Maali_päevik, lk 381
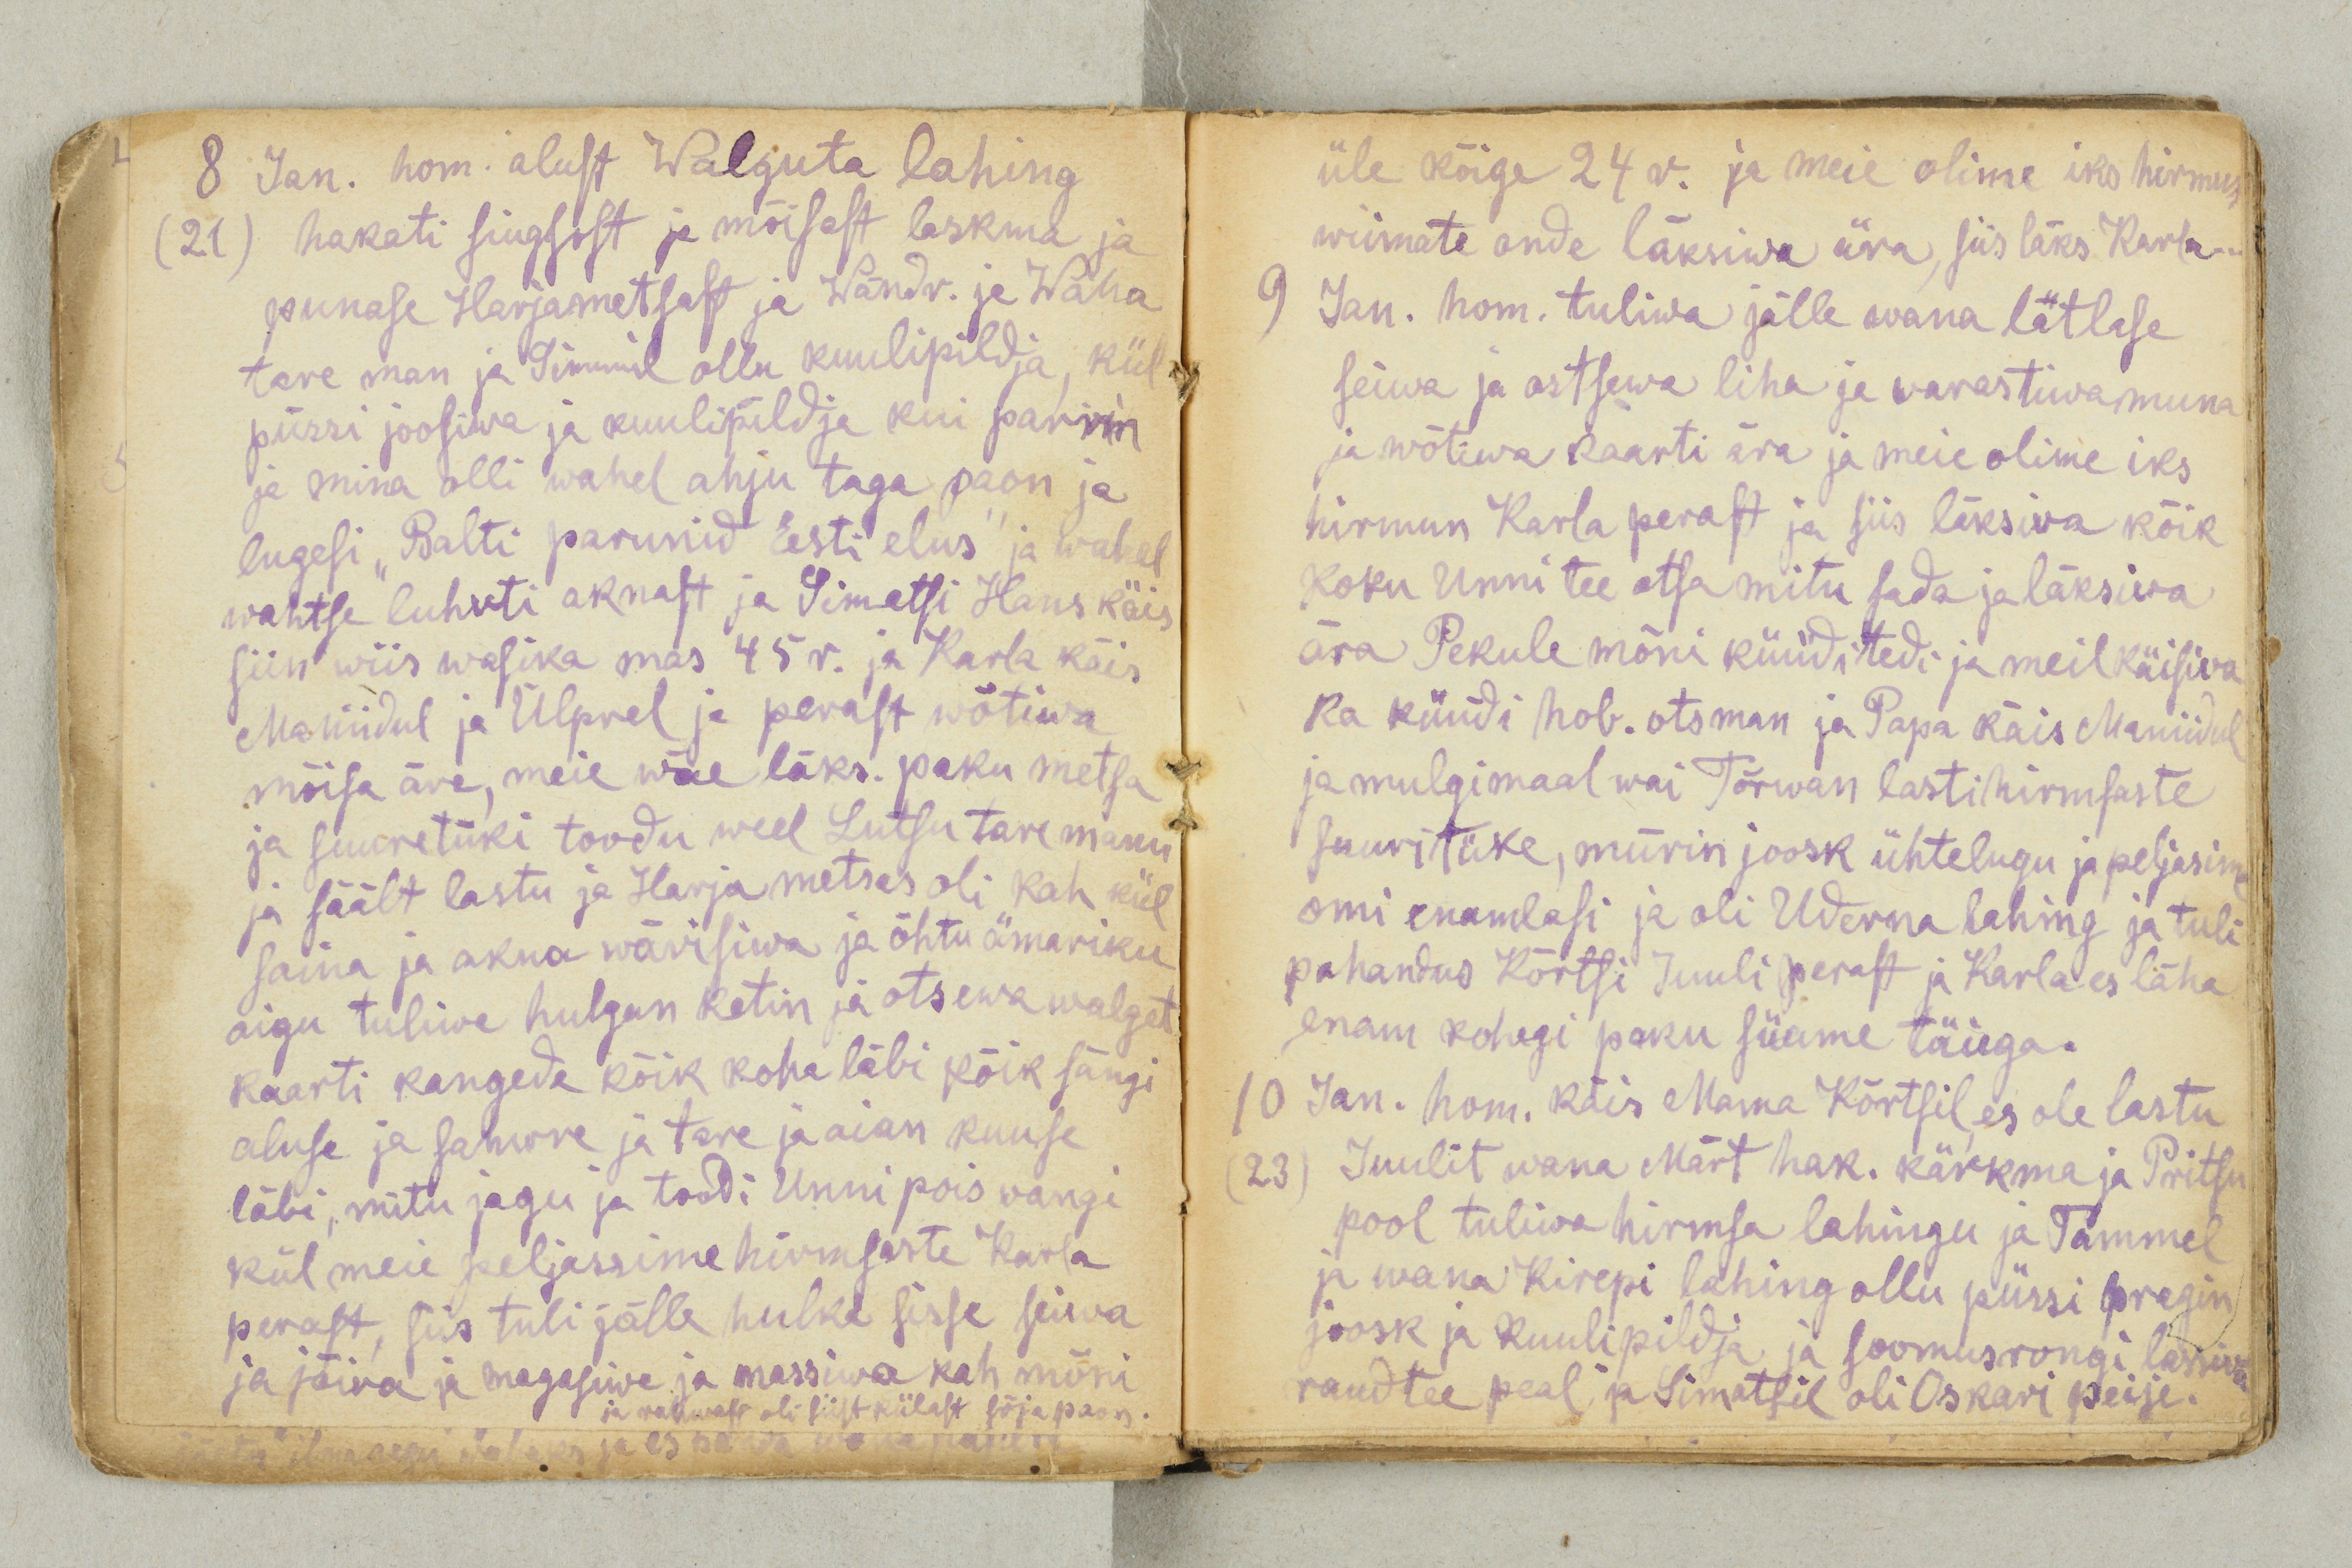
8 Jan. hom. alust Walguta lahing
(21) hakati siugsost ja mõisast laskma ja
punase Harjametsast ja Wändr. ja Waha
tare man ja Simmil ollu kuulipildja, kül
püssi joosiwa ja kuulipildja kui parrin
ja mina olli wahel ahju taga paon ja
lugesi „Balti parunid Eesti elus“ ja wahel
wahtse luhvti aknast ja Simatsi Hans käis
siin wiis wasika mas 45 r. ja Karla käis
Maniidul ja Ülprel ja perast wõtiwa
mõisa ära, meie wäe läks. paku metsa
ja suuretüki toodu weel Lutsu tare manu
ja säält lastu ja Harja metsas oli kah kül
saina ja akna wärisiwa ja õhtu ämariku
aigu tuliwa hulgan ketin ja otsewa walget
kaarti kangede kõik koha läbi kõik sängi
aluse ja sahwre ja tare ja aian kuuse
läbi, mitu jagu ja toodi Unni pois wangi
kül meie peljassime hirmsaste Karla
perast, siis tuli jälle hulka sisse seiwa
ja jõiva ja magasiwa ja massiwa kah mõni
ja rahwast oli siist külast sõjapaon.

üle kõige 24 r. ja meie olime iks hirmun
wiimate ande läksiwa ära, siis läks Karla...
9 Jan. hom. tuliwa jälle wana lätlase
seiwa ja ostsewa liha ja warastiwa muna
ja wõtiwa kaarti ära ja meie olime iks
hirmun Karla perast ja siis läksiva kõik
koku Unni tee otsa mitu sada ja läksiva
ära Pekule mõni küüditedi ja meil käisiva
ja küüdi hob. otsman ja Papa käis Maniidul
ja mulgimaal wai Tõrwan lasti hirmsaste
suuritüke, mürin joosk ühtelugu ja peljasime
omi enamlasi ja oli Uderna lahing ja tuli
pahandus Kõrtsi Juuli perast ja Karla es lähe
enam kohegi paku süame täiega.
10 Jan. hom. käis Mama Kõrtsil, es ole lastu
(23) Juulit wana Märt hak. kärkma ja Pritsu
pool tuliwa hirmsa lahingu ja Tammel
ja wana Kirepi lahing ollu püssi pragin
joosk ja kuulipildja ja soomusrongi lassiwa
raudtee peal ja Simatsil oli Oskari peije.